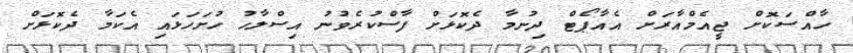
ހާއްސަކޮށް ޖީއެމްއާރަށް އެއާޕޯޓް ދިނުމާ ދެކޮޅަށް ފާސްކުރެވުނު އިސްލާހު ހުށަހަޅައި އެކަމާ ދެކޮޅަށް